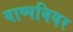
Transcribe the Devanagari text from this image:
वाष्पबियर